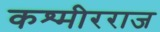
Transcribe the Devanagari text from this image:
कश्मीरराज